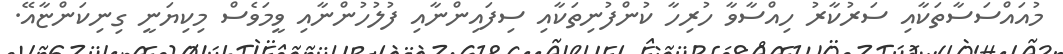
މުއައްސަސާތަކާއި ސަރުކާރު ހިއްސާވާ ހުރިހާ ކުންފުނިތަކާއި ސިފައިންނާއި ފުލުހުންނާއި ވީމަވެސް މިކިޔަނީ ގިނިކަންޏާއޭ.